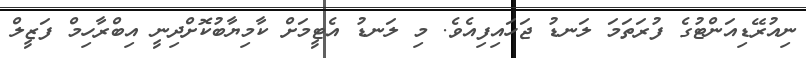
ނިއުރޭޑިއަންޓުގެ ފުރަތަމަ ލަނޑު ޖަހައިފިއެވެ. މި ލަނޑު އެޓީމަށް ކާާމިޔާބުކޮށްދިނީ އިބްރާހިމް ފަޒީލް